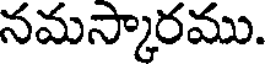
నమస్కారము.